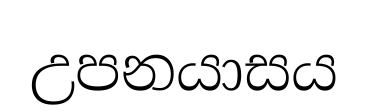
උපනයාසය